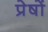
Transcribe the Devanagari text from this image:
प्रेषों